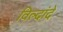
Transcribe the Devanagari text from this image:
विल्दांदे